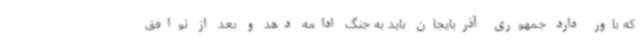
که باور دارد جمهوری آذربایجان باید به جنگ ادامه دهد و بعد از توافق